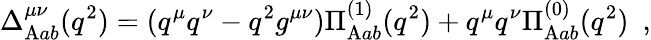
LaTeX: \Delta_{\mathrm{A}ab}^{\mu\nu}(q^{2})=(q^{\mu}q^{\nu}-q^{2}g^{\mu\nu})\Pi_{\mathrm{A}ab}^{(1)}(q^{2})+q^{\mu}q^{\nu}\Pi_{\mathrm{A}ab}^{(0)}(q^{2})\ \ ,